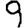
Digit: 9